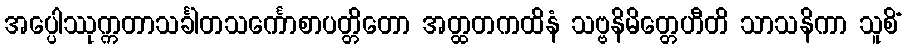
အပ္ပေါဿုက္ကတာသင်္ခါတသင်္ကောစာပတ္တိတော အတ္ထတကထိနံ သဗ္ဗနိမိတ္တေဟီတိ သာသနိကာ သူစိံ